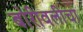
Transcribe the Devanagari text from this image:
बोरीवलीचा